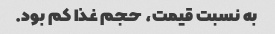
به نسبت قیمت، حجم غذا کم بود.